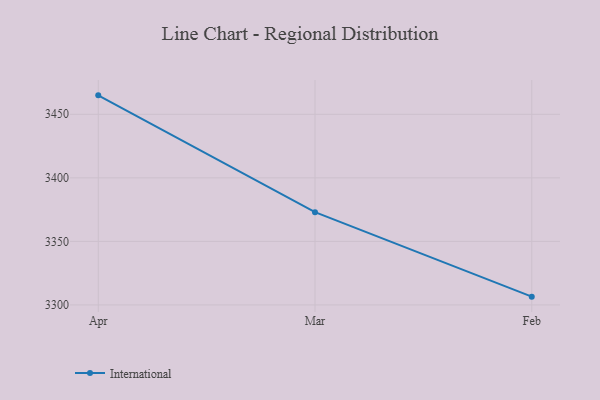
{"axis": {"x": "Month", "y": "Bounce Rate (%)"}, "legend": ["International"], "data": [{"x": "Apr", "y": 3464.9, "type": "International"}, {"x": "Mar", "y": 3373.0, "type": "International"}, {"x": "Feb", "y": 3306.5, "type": "International"}]}